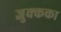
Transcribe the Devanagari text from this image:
जुक्कका